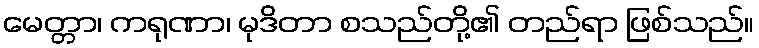
မေတ္တာ၊ ကရုဏာ၊ မုဒိတာ စသည်တို့၏ တည်ရာ ဖြစ်သည်။